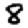
Digit: 8